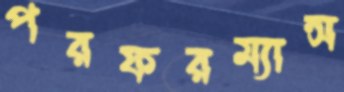
পরফরম্যান্স